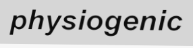
physiogenic